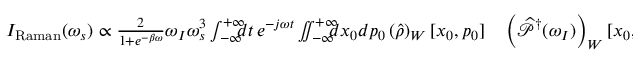
\begin{array} { r l } { I _ { \mathrm { R a m a n } } ( \omega _ { s } ) \propto \frac { 2 } { 1 + e ^ { - \beta \omega } } \omega _ { I } \omega _ { s } ^ { 3 } \int _ { - \infty } ^ { + \infty } \! \! \! \! d t \, e ^ { - j \omega t } \iint _ { - \infty } ^ { + \infty } \! \! \! \! d x _ { 0 } d p _ { 0 } \left( \widehat { \rho } \right) _ { W } [ x _ { 0 } , p _ { 0 } ] } & { { } \left( \widehat { \mathcal { P } } ^ { \dagger } ( \omega _ { I } ) \right) _ { W } [ x _ { 0 } , p _ { 0 } ] } \end{array}